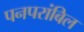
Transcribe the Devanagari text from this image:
पनपरांबिल